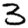
Digit: 3